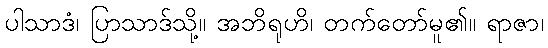
ပါသာဒံ၊ ပြာသာဒ်သို့။ အဘိရုဟိ၊ တက်တော်မူ၏။ ရာဇာ၊